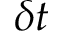
\delta t